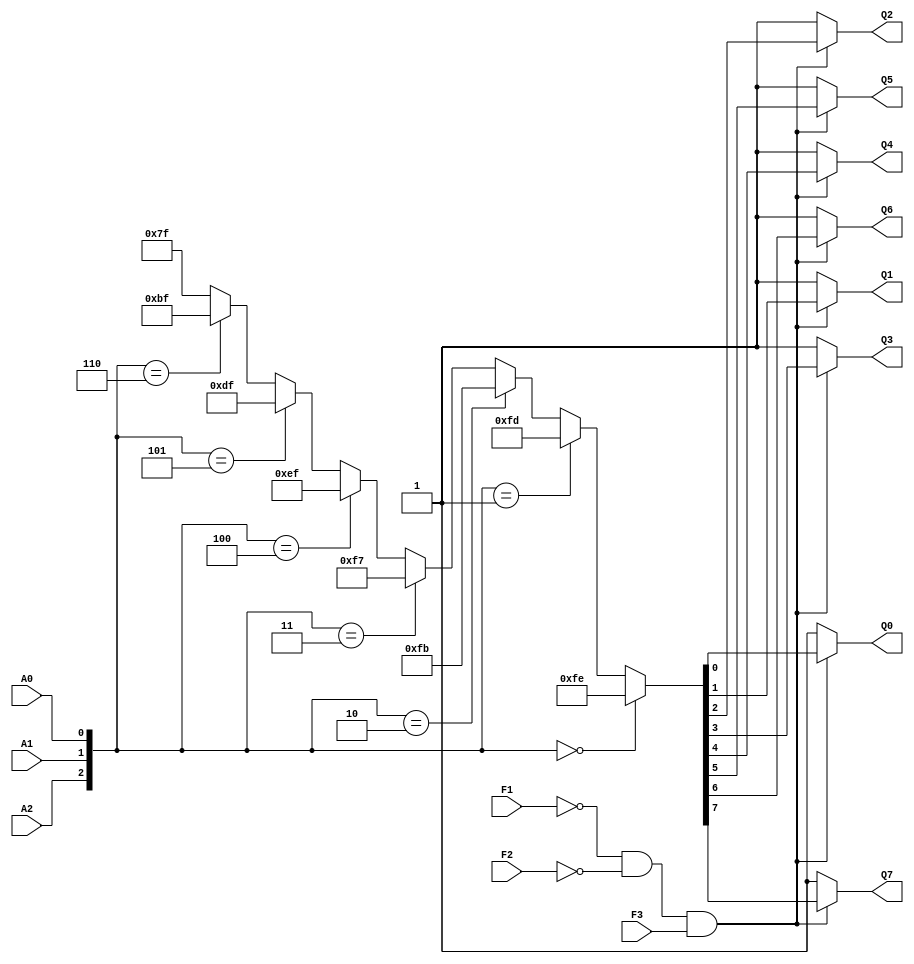
// 1-of-8 decode/demux

module ttl_74F138(input A0,
		   input A1,
		   input A2,
		   input F1,
		   input F2,
		   input F3,
		   output Q0,
		   output Q1,
		   output Q2,
		   output Q3,
		   output Q4,
		   output Q5,
		   output Q6,
		   output Q7);

   wire [2:0] sel;
   wire [7:0] out;
   wire ena;

   assign sel = { A2, A1, A0 };

   assign out =
	       sel == 0 ? 8'b11111110 :
	       sel == 1 ? 8'b11111101 :
	       sel == 2 ? 8'b11111011 :
	       sel == 3 ? 8'b11110111 :
	       sel == 4 ? 8'b11101111 :
	       sel == 5 ? 8'b11011111 :
	       sel == 6 ? 8'b10111111 :
	       8'b01111111;

   assign ena = ~F1 & ~F2 & F3;
   
   assign Q0 = ena ? out[0] : 1'b1;
   assign Q1 = ena ? out[1] : 1'b1;
   assign Q2 = ena ? out[2] : 1'b1;
   assign Q3 = ena ? out[3] : 1'b1;
   assign Q4 = ena ? out[4] : 1'b1;
   assign Q5 = ena ? out[5] : 1'b1;
   assign Q6 = ena ? out[6] : 1'b1;
   assign Q7 = ena ? out[7] : 1'b1;
   
endmodule